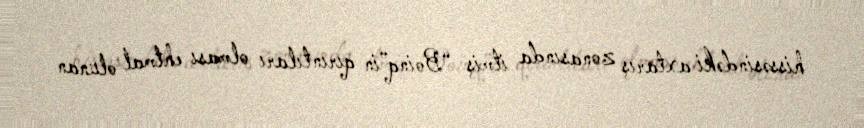
hissəsindəki axtarış zonasında itmiş “Boinq”in qırıntıları olması ehtmal olunan